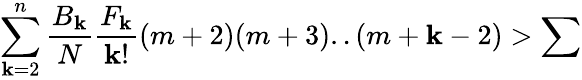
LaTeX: \sum_{\mathbf{k}=2}^{n}\frac{{B_{\mathbf{k}}}}{{N}}\frac{{F_{\mathbf{k}}}}{{\mathbf{k}!}}(m+2)(m+3)..(m+\mathbf{k}-2)>\sum